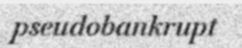
pseudobankrupt